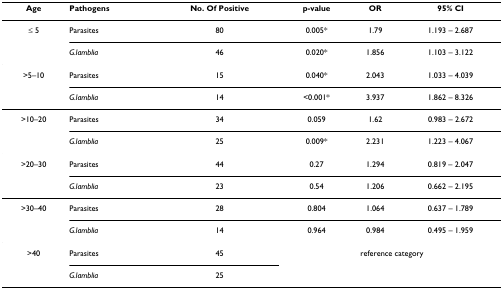
| Age | Pathogens | No. Of Positive | p-value | OR | 95% CI |
 | --- | --- | --- | --- | --- | --- |
 | ≤ 5 | Parasites | 80 | 0.005* | 1.79 | 1.193 – 2.687 |
 |  | G.lamblia | 46 | 0.020* | 1.856 | 1.103 – 3.122 |
 | >5–10 | Parasites | 15 | 0.040* | 2.043 | 1.033 – 4.039 |
 |  | G.lamblia | 14 | <0.001* | 3.937 | 1.862 – 8.326 |
 | >10–20 | Parasites | 34 | 0.059 | 1.62 | 0.983 – 2.672 |
 |  | G.lamblia | 25 | 0.009* | 2.231 | 1.223 – 4.067 |
 | >20–30 | Parasites | 44 | 0.27 | 1.294 | 0.819 – 2.047 |
 |  | G.lamblia | 23 | 0.54 | 1.206 | 0.662 – 2.195 |
 | >30–40 | Parasites | 28 | 0.804 | 1.064 | 0.637 – 1.789 |
 |  | G.lamblia | 14 | 0.964 | 0.984 | 0.495 – 1.959 |
 | >40 | Parasites | 45 | <COLSPAN=3> reference category |
 |  | G.lamblia | 25 |  |  |  |